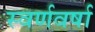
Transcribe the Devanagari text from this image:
स्वर्णवर्षा